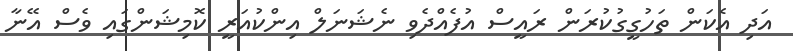
އަދި އެކަން ތަހުގީގުކުރަން ރައީސް އުފެއްދެވި ނެޝަނަލް އިންކުއަރީ ކޮމިޝަންގައި ވެސް އޭނާ